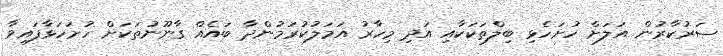
ސަރުކާރުން އަލަށް ހުށަހެޅި ބިލްތަކަކާއި އަދި މިހާރު އަމަލުކުރަމުންދާ ބައެއް ގާނޫނުތަކަށް ހުށަހަޅާފައިވާ